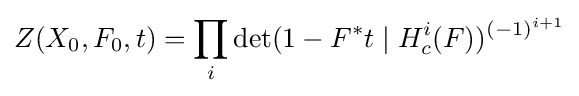
Z(X_{0},F_{0},t)=\prod _{i}\det(1-F^{*}t\mid H_{c}^{i}(F))^{(-1)^{i+1}}